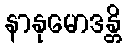
နာနုမောဒန္တိ